Report on horse surra - Volume I
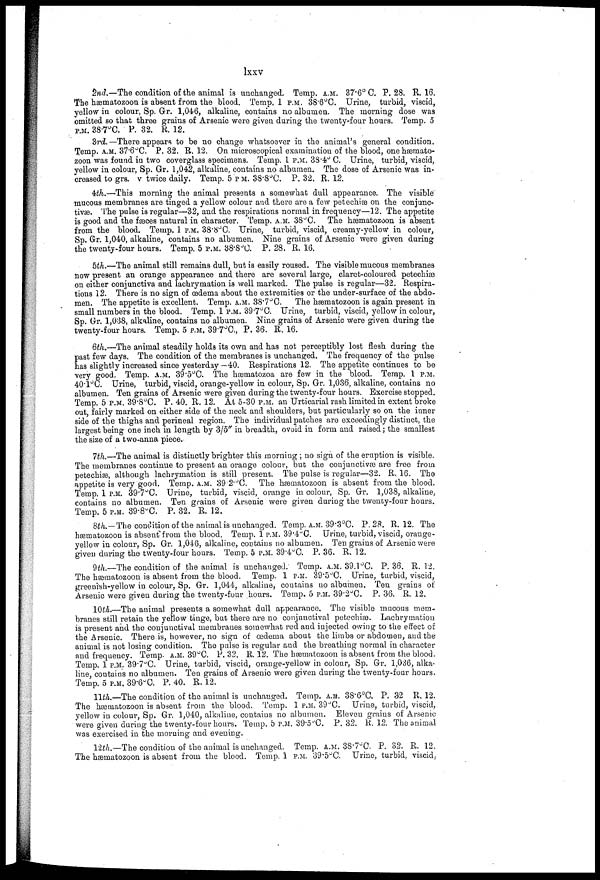
lxxv
2nd.—The condition of the animal is unchanged. Temp. A.M. 37.6° C. P. 28. R. 16.
The hæmatozoon is absent from the blood. Temp. 1 P.M. 38.6°C. Urine, turbid, viscid,
yellow in colour, Sp. Gr. 1,046, alkaline, contains no albumen. The morning dose was
omitted so that three grains of Arsenic were given during the twenty-four hours. Temp. 5
P.M. 38.7°C. P. 32. R. 12.
3rd.—There appears to be no change whatsœver in the animal's general condition.
Temp. A.M. 37.6°C. P. 32. R. 12. On microscopical examination of the blood, one hæmato-
zoon was found in two coverglass specimens. Temp. 1 P.M. 38.4° C. Urine, turbid, viscid,
yellow in colour, Sp. Gr. 1,042, alkaline, contains no albumen. The dose of Arsenic was in-
creased to grs. v twice daily. Temp. 5 P.M. 38.8°C. P. 32. R. 12.
4th.—This morning the animal presents a somewhat dull appearance. The visible
mucous membranes are tinged a yellow colour and there are a few petechias on the conjunc-
tivas. The pulse is regular—32, and the respirations normal in frequency—12. The appetite
is good and the fæces natural in character. Temp. A.M. 38°C. The hæmatozoon is absent
from the blood. Temp. 1 P.M. 38.8°C. Urine, turbid, viscid, creamy-yellow in colour,
Sp. Gr. 1,040, alkaline, contains no albumen. Nine grains of Arsenic were given during
the twenty-four hours. Temp. 5 P.M. 38.8°C. P. 28. R. 16.
5th.—The animal still remains dull, but is easily roused. The visible mucous membranes
now present an orange appearance and there are several large, claret-coloured petechias
on either conjunctiva and lachrymation is well marked. The pulse is regular—32. Respira-
tions 12. There is no sign of œdema about the extremities or the under-surface of the abdo-
men. The appetite is excellent. Temp. A.M. 38.7°C.
The hæmatozoon is again present in
small numbers in the blood. Temp. 1 P.M. 39.7°C. Urine, turbid, viscid, yellow in colour,
Sp. Gr. 1,038, alkaline, contains no albumen. Nine grains of Arsenic were given during the
twenty-four hours. Temp. 5 P.M. 89.7°C., P. 36. R. 16.
6th.—The animal steadily holds its own and has not perceptibly lost flesh during the
past few days. The condition of the membranes is unchanged. The frequency of the pulse
has slightly increased since yesterday—40. Respirations 12. The appetite continues to be
very good. Temp. A.M. 39.5°C. The hæmatozoa are few in the blood. Temp. 1 P.M.
40.1°C. Urine, turbid, viscid, orange-yellow in colour, Sp. Gr. 1,036, alkaline, contains no
albumen. Ten grains of Arsenic were given during the twenty-four hours. Exercise stopped.
Temp. 5 P.M. 39.8°C. P. 40. R. 12. At 5.30 P.M. an Urticarial rash limited in extent broke
out, fairly marked on either side of the neck and shoulders, but particularly so on the inner
side of the thighs and perineal region. The individual patches are exceedingly distinct, the
largest being one inch in length by 3/5" inP.M. breadth, ovoid in form and raised; the smallest
the size of a two-anna piece.
7th.—The animal is distinctly brighter this morning ; no sign of the eruption is visible.
The membranes continue to present an orange colour, but the conjunctivae are free from
petechias, although lachrymation is still present. The pulse is regular—32. R. 16. The
appetite is very good. Temp. A.M. 39.2.°C. The hæmatozoon is absent from the blood.
Temp. 1 P.M. 39 . 7°C. Urine, turbid, viscid, orange in colour, Sp. Gr. 1,038, alkaline,
contains no albumen. Ton grains of Arsenic were given during the twenty-four hours.
Temp. 5 P.M. 39.8°C. P. 32. R. 12.
8th.—The condition of the animal is unchanged. Temp. A.M. 39.3°C. P. 28. R. 12. The
hæmatozoon is absent from the blood. Temp. 1 P.M. 39.4°C. Urine, turbid, viscid, orange-
yellow in colour, Sp. Gr. 1,046, alkaline, contains no albumen. Ten grains of Arsenic were
given during the twenty-four hours. Temp. 5 P.M. 39.4°C. P. 36. R. 12.
9th.—The condition of the animal is unchanged. Temp. A.M. 39.1°C. P. 36. R. 12.
The hæmatozoon is absent from the blood. Temp. 1 P.M. 39 . 5°C. Urine, turbid, viscid,
greenish-yellow in colour, Sp. Gr. 1,044, alkaline, contains no albumen. Ten grains of
Arsenic were given during the twenty-four hours. Temp. 5 P.M. 39.2°C. P. 36. R. 12.
10th.—The animal presents a somewhat dull appearance. The visible mucous mem-
branes still retain the yellow tinge, but there are no conjunctival petechias. Lachrymation
is present and the conjunctival membranes somewhat red and injected owing to the effect of:
the Arsenic. There is, however, no sign of œdema about the limbs or abdomen, and the
animal is not losing condition. The pulse is regular and the breathing normal in character
and frequency. Temp. A.M. 39°C. P. 32. R. 12. The hæmatozoon is absent from the blood.
Temp. 1 P.M. 39.7°C. Urine, turbid, viscid, orange-yellow in colour, Sp. Gr. 1,036, alka-
line, coutains no albumen. Ten grains of Arsenic were given during the twenty-four hours.
Temp. 5 P.M. 39.6°C. P. 40. R. 12.
11th.—The condition of the animal is unchanged. Temp. A.M. 38.6°C, P. 32 R. 12.
The hæmatozoon is absent from the blood. Temp. 1 P.M. 39°C. Urine, turbid, viscid,
yellow in colour, Sp. Gr. 1,040, alkaline, contains no albumen. Eleven grains of Arsenic
were given during the twenty-four hours. Temp, 5 P.M. 39.5°C. P. 32. R. 12. The animal
was exercised in the morning and evening.
12th.— The condition of the animal is unchanged. Temp. A.M. 3S.7°C. P. 32. R. 12.
The hæmatozoon is absent from the blood. Temp. 1 P.M. 39.5°C, Urine, turbid, viscid.